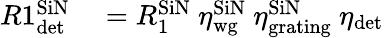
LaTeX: \begin{array}{rl}{R1_{\textrm{det}}^{\textrm{SiN}}}&{{}=R_{1}^{\textrm{SiN}}\ \eta_{\textrm{wg}}^{\textrm{SiN}}\ \eta_{\textrm{grating}}^{\textrm{SiN}}\ \eta_{\textrm{det}}}\end{array}